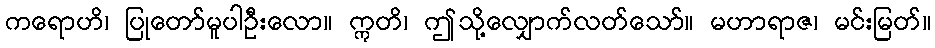
ကရောဟိ၊ ပြုတော်မူပါဦးလော။ ဣတိ၊ ဤသို့လျှောက်လတ်သော်။ မဟာရာဇ၊ မင်းမြတ်။